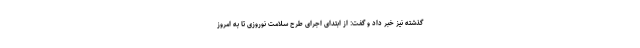
گذشته نیز خبر داد و گفت:‌ از ابتدای اجرای طرح سلامت نوروزی تا به امروز